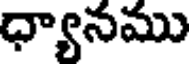
ధ్యానము